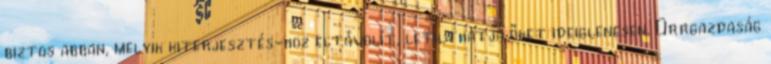
biztos abban, melyik kiterjesztés-hoz eltávolít, letilthatja őket ideiglenesen. Orrgazdaság